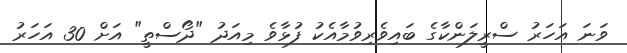
ވަނަ އަހަރު ސްރީލަންކާގެ ބައިވެރިވުމާއެކު ފުޅާވެ މިއަދު "ދޯސްތީ" އަށް 30 އަހަރު